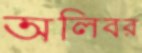
অলিবর